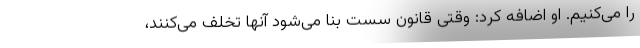
را می‌کنیم. او اضافه کرد: وقتی قانون سست بنا می‌شود آنها تخلف می‌کنند،